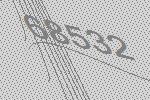
68532